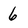
Character: 6